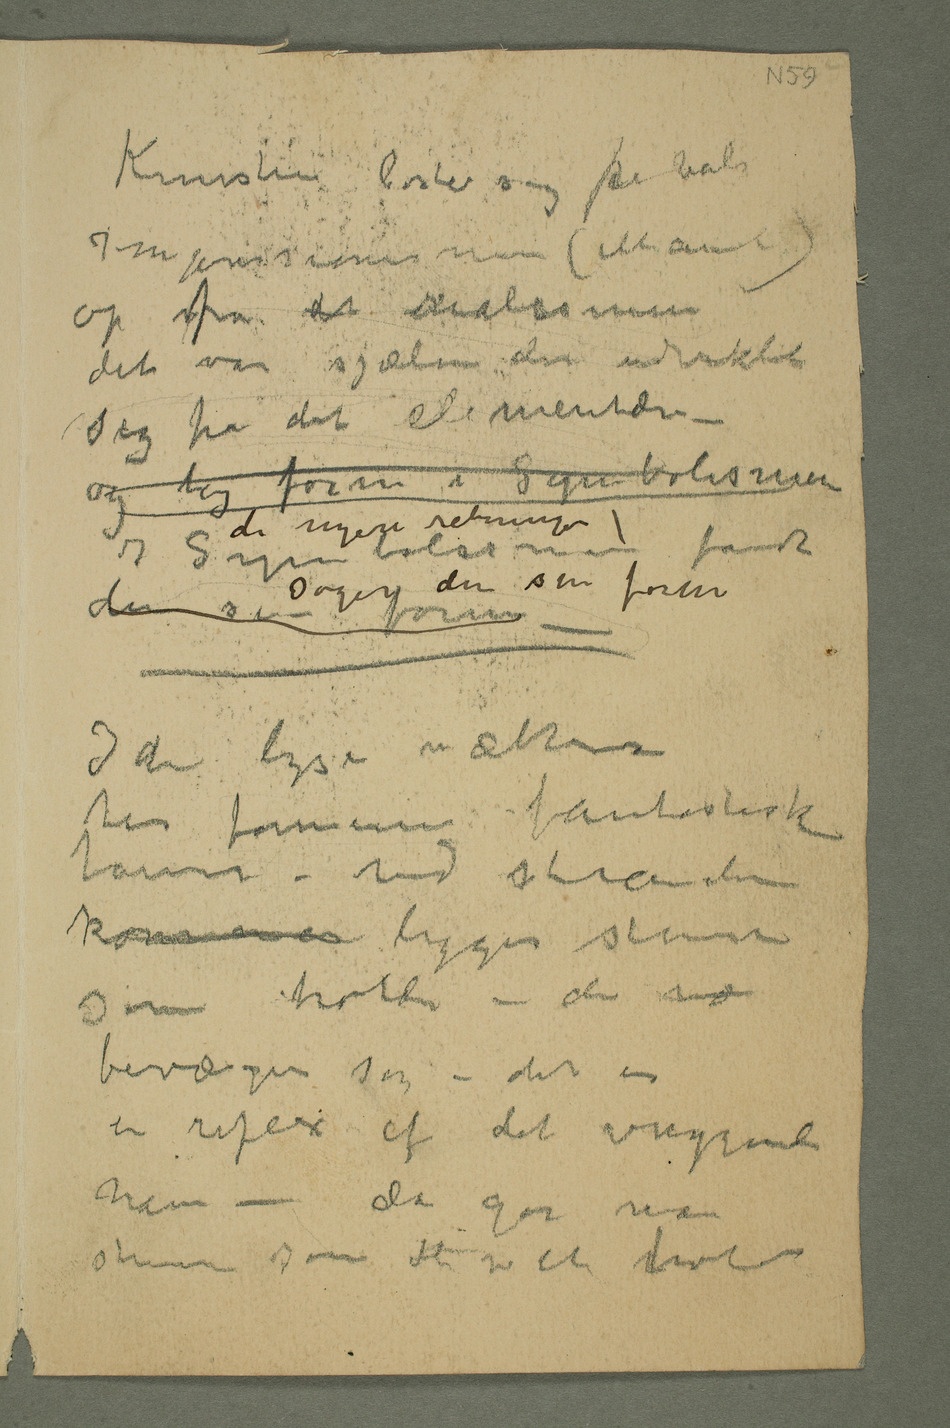
Kunsten løste sig fra både
sig fra det elementære –
og tog form i Symbolismen
I de lyse nætter
har formerne fantastiske
bevæger sig – det er
en reflex af det vuggende
hav – da gør man